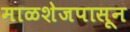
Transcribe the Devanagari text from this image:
माळशेजपासून